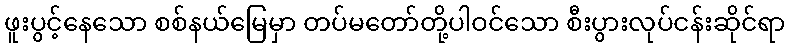
ဖူးပွင့်နေသော စစ်နယ်မြေမှာ တပ်မတော်တို့ပါဝင်သော စီးပွားလုပ်ငန်းဆိုင်ရာ